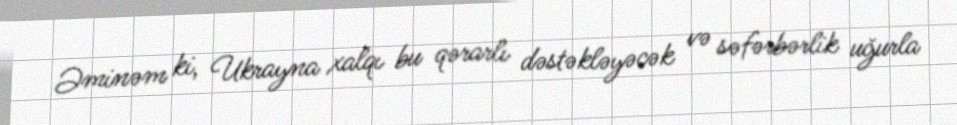
Əminəm ki, Ukrayna xalqı bu qərarlı dəstəkləyəcək və səfərbərlik uğurla